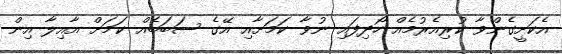
އެކަށީގެންވާ ކުރިއެރުމެއް ހޯދިފައި ނުވާ ކަމަށާއި އޭގެ ސަބަބެއް ކަމަށް އާއިލާ އިން